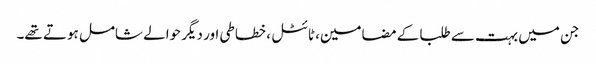
جن میں بہت سے طلبا کے مضامین، ٹائٹل ، خطاطی اور دیگر حوالے شامل ہوتے تھے۔